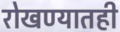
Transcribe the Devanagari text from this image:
रोखण्यातही